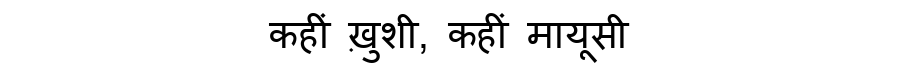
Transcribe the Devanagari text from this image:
कहीं ख़ुशी, कहीं मायूसी